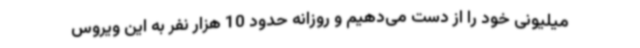
میلیونی خود را از دست می‌دهیم و روزانه حدود 10 هزار نفر به این ویروس